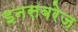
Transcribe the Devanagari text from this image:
इनसबरेज़